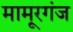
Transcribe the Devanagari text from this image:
मामूरगंज